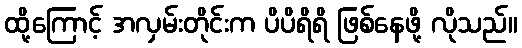
ထို့ကြောင့် အလှမ်းတိုင်းက ပိပိရိရိ ဖြစ်နေဖို့ လိုသည်။